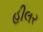
હીલર